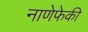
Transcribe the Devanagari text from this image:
नाणेफेकी